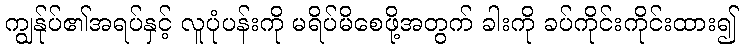
ကျွန်ုပ်၏အရပ်နှင့် လူပုံပန်းကို မရိပ်မိစေဖို့အတွက် ခါးကို ခပ်ကိုင်းကိုင်းထား၍